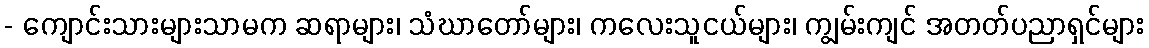
- ကျောင်းသားများသာမက ဆရာများ၊ သံဃာတော်များ၊ ကလေးသူငယ်များ၊ ကျွမ်းကျင် အတတ်ပညာရှင်များ